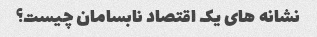
نشانه های یک اقتصاد نابسامان چیست؟